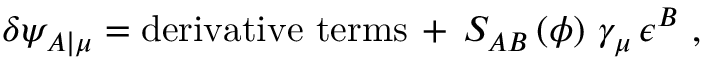
\delta \psi _ { A \vert \mu } = \mathrm { d e r i v a t i v e ~ t e r m s } \, + \, S _ { A B } \left( \phi \right) \, \gamma _ { \mu } \, \epsilon ^ { B } ~ ,